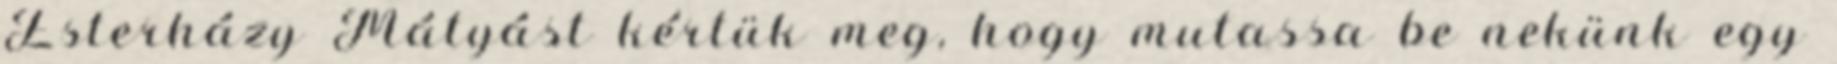
Esterházy Mátyást kértük meg, hogy mutassa be nekünk egy